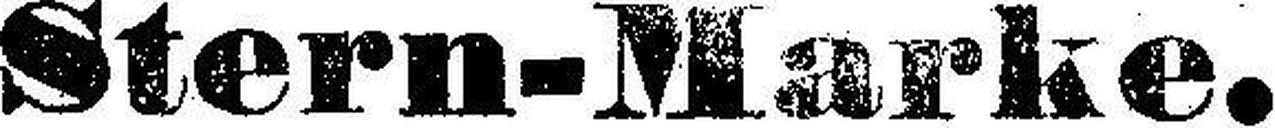
Stern-Marke.